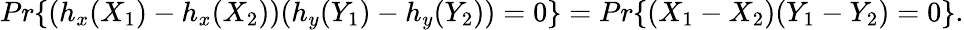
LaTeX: Pr\{ (h_{x}(X_{1})-h_{x}(X_{2}))(h_{y}(Y_{1})-h_{y}(Y_{2}))=0\} =Pr\{ (X_{1}-X_{2})(Y_{1}-Y_{2})=0\} .